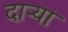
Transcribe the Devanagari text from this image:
दाऱ्या